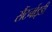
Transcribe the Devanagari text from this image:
सैंटर्नाइडी